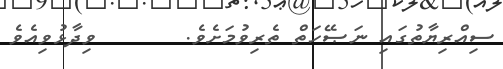
ސިއްރިޔާތުގައި ނަޞޭހަތް ތެރިވުމަށެވެ.       ވިދާޅުވިއެވެ